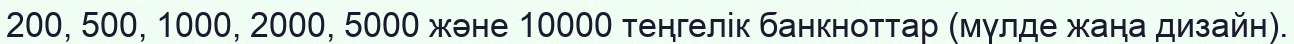
200, 500, 1000, 2000, 5000 және 10000 теңгелік банкноттар (мүлде жаңа дизайн).